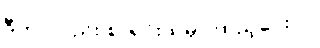
ဒီဟာလည်း စာရင်းထဲမှာ ထည့်ပေးပါ။